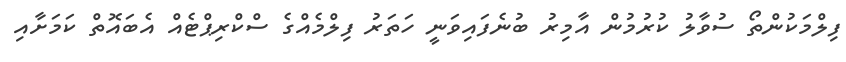
ފިލްމަކުންތޯ ސުވާލު ކުރުމުން އާމިރު ބުނެފައިވަނީ ހަތަރު ފިލްމެއްގެ ސްކްރިޕްޓެއް އެބައޮތް ކަމަށާއި